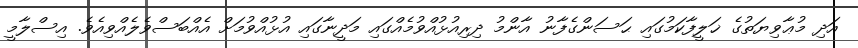
އަދި މުޢާވިޔަތުގެ ޚަލީފާކަމުގައި ޙަސަންގެފާނު އާންމު ދިރިއުޅުއްވުމެއްގައި މަދީނާގައި އުޅުއްވުމަށް އެއްބަސްވެލެއްވިއެވެ. އިސްލާމީ